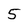
Character: 5